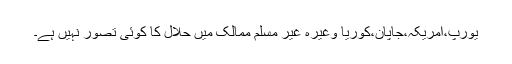
یورپ،امریکہ،جاپان،کوریا وغیرہ غیر مسلم ممالک میں حلال کا کوئی تصور نہیں ہے۔